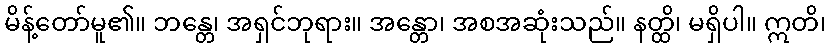
မိန့်တော်မူ၏။ ဘန္တေ၊ အရှင်ဘုရား။ အန္တော၊ အစအဆုံးသည်။ နတ္ထိ၊ မရှိပါ။ ဣတိ၊